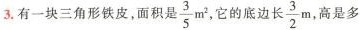
3.有一块三角形铁皮，面积是 $$\frac { 3 } { 5 } m ^ { 2 }$$ 它的底边长 $$\frac { 3 } { 2 } m$$ 高是多